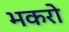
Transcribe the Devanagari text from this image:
भकरो